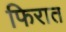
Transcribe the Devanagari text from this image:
फिरात